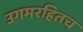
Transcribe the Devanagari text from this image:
उगमरहितच